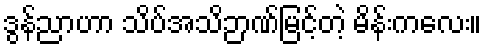
ဒွန်ညာဟာ သိပ်အသိဉာဏ်မြင့်တဲ့ မိန်းကလေး။